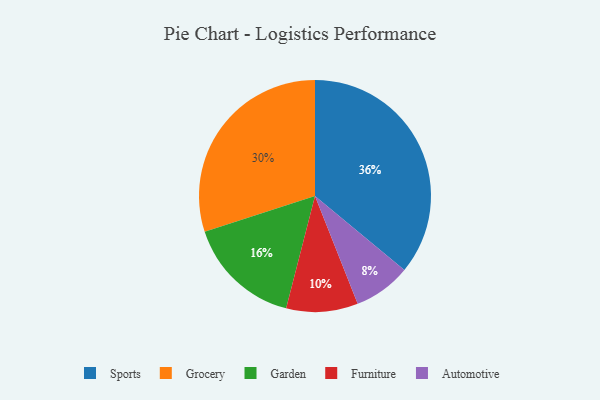
{"axis": {"x": "Category", "y": "Percentage"}, "legend": ["Automotive", "Furniture", "Garden", "Grocery", "Sports"], "data": [{"x": "Garden", "y": 16, "type": "Garden"}, {"x": "Grocery", "y": 30, "type": "Grocery"}, {"x": "Sports", "y": 36, "type": "Sports"}, {"x": "Automotive", "y": 8, "type": "Automotive"}, {"x": "Furniture", "y": 10, "type": "Furniture"}]}